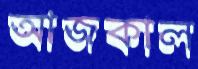
আজকাল